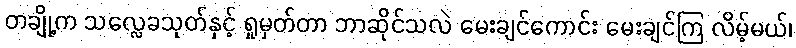
တချို့က သလ္လေခသုတ်နှင့် ရှုမှတ်တာ ဘာဆိုင်သလဲ မေးချင်ကောင်း မေးချင်ကြ လိမ့်မယ်၊